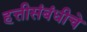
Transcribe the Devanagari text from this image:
हत्तीसंबंधीचे